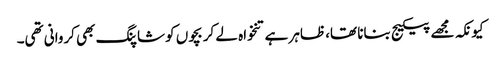
کیونکہ مجھے پیکیج بنانا تھا، ظاہر ہے تنخواہ لے کر بچوں کو شاپنگ بھی کروانی تھی۔